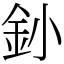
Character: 釥